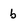
Character: b